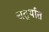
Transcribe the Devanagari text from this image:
चतुर्थात